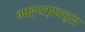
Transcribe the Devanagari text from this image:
ग्फ्ह्य्त्रुत्द्स